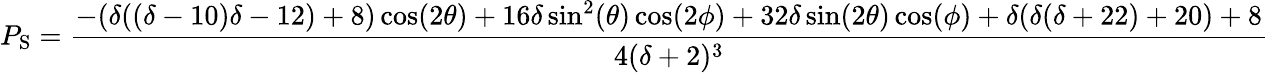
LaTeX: P_{\mathrm{S}}=\frac{-(\delta((\delta-10)\delta-12)+8)\cos(2\theta)+16\delta\sin^{2}(\theta)\cos(2\phi)+32\delta\sin(2\theta)\cos(\phi)+\delta(\delta(\delta+22)+20)+8}{4(\delta+2)^{3}}